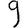
Digit: 9